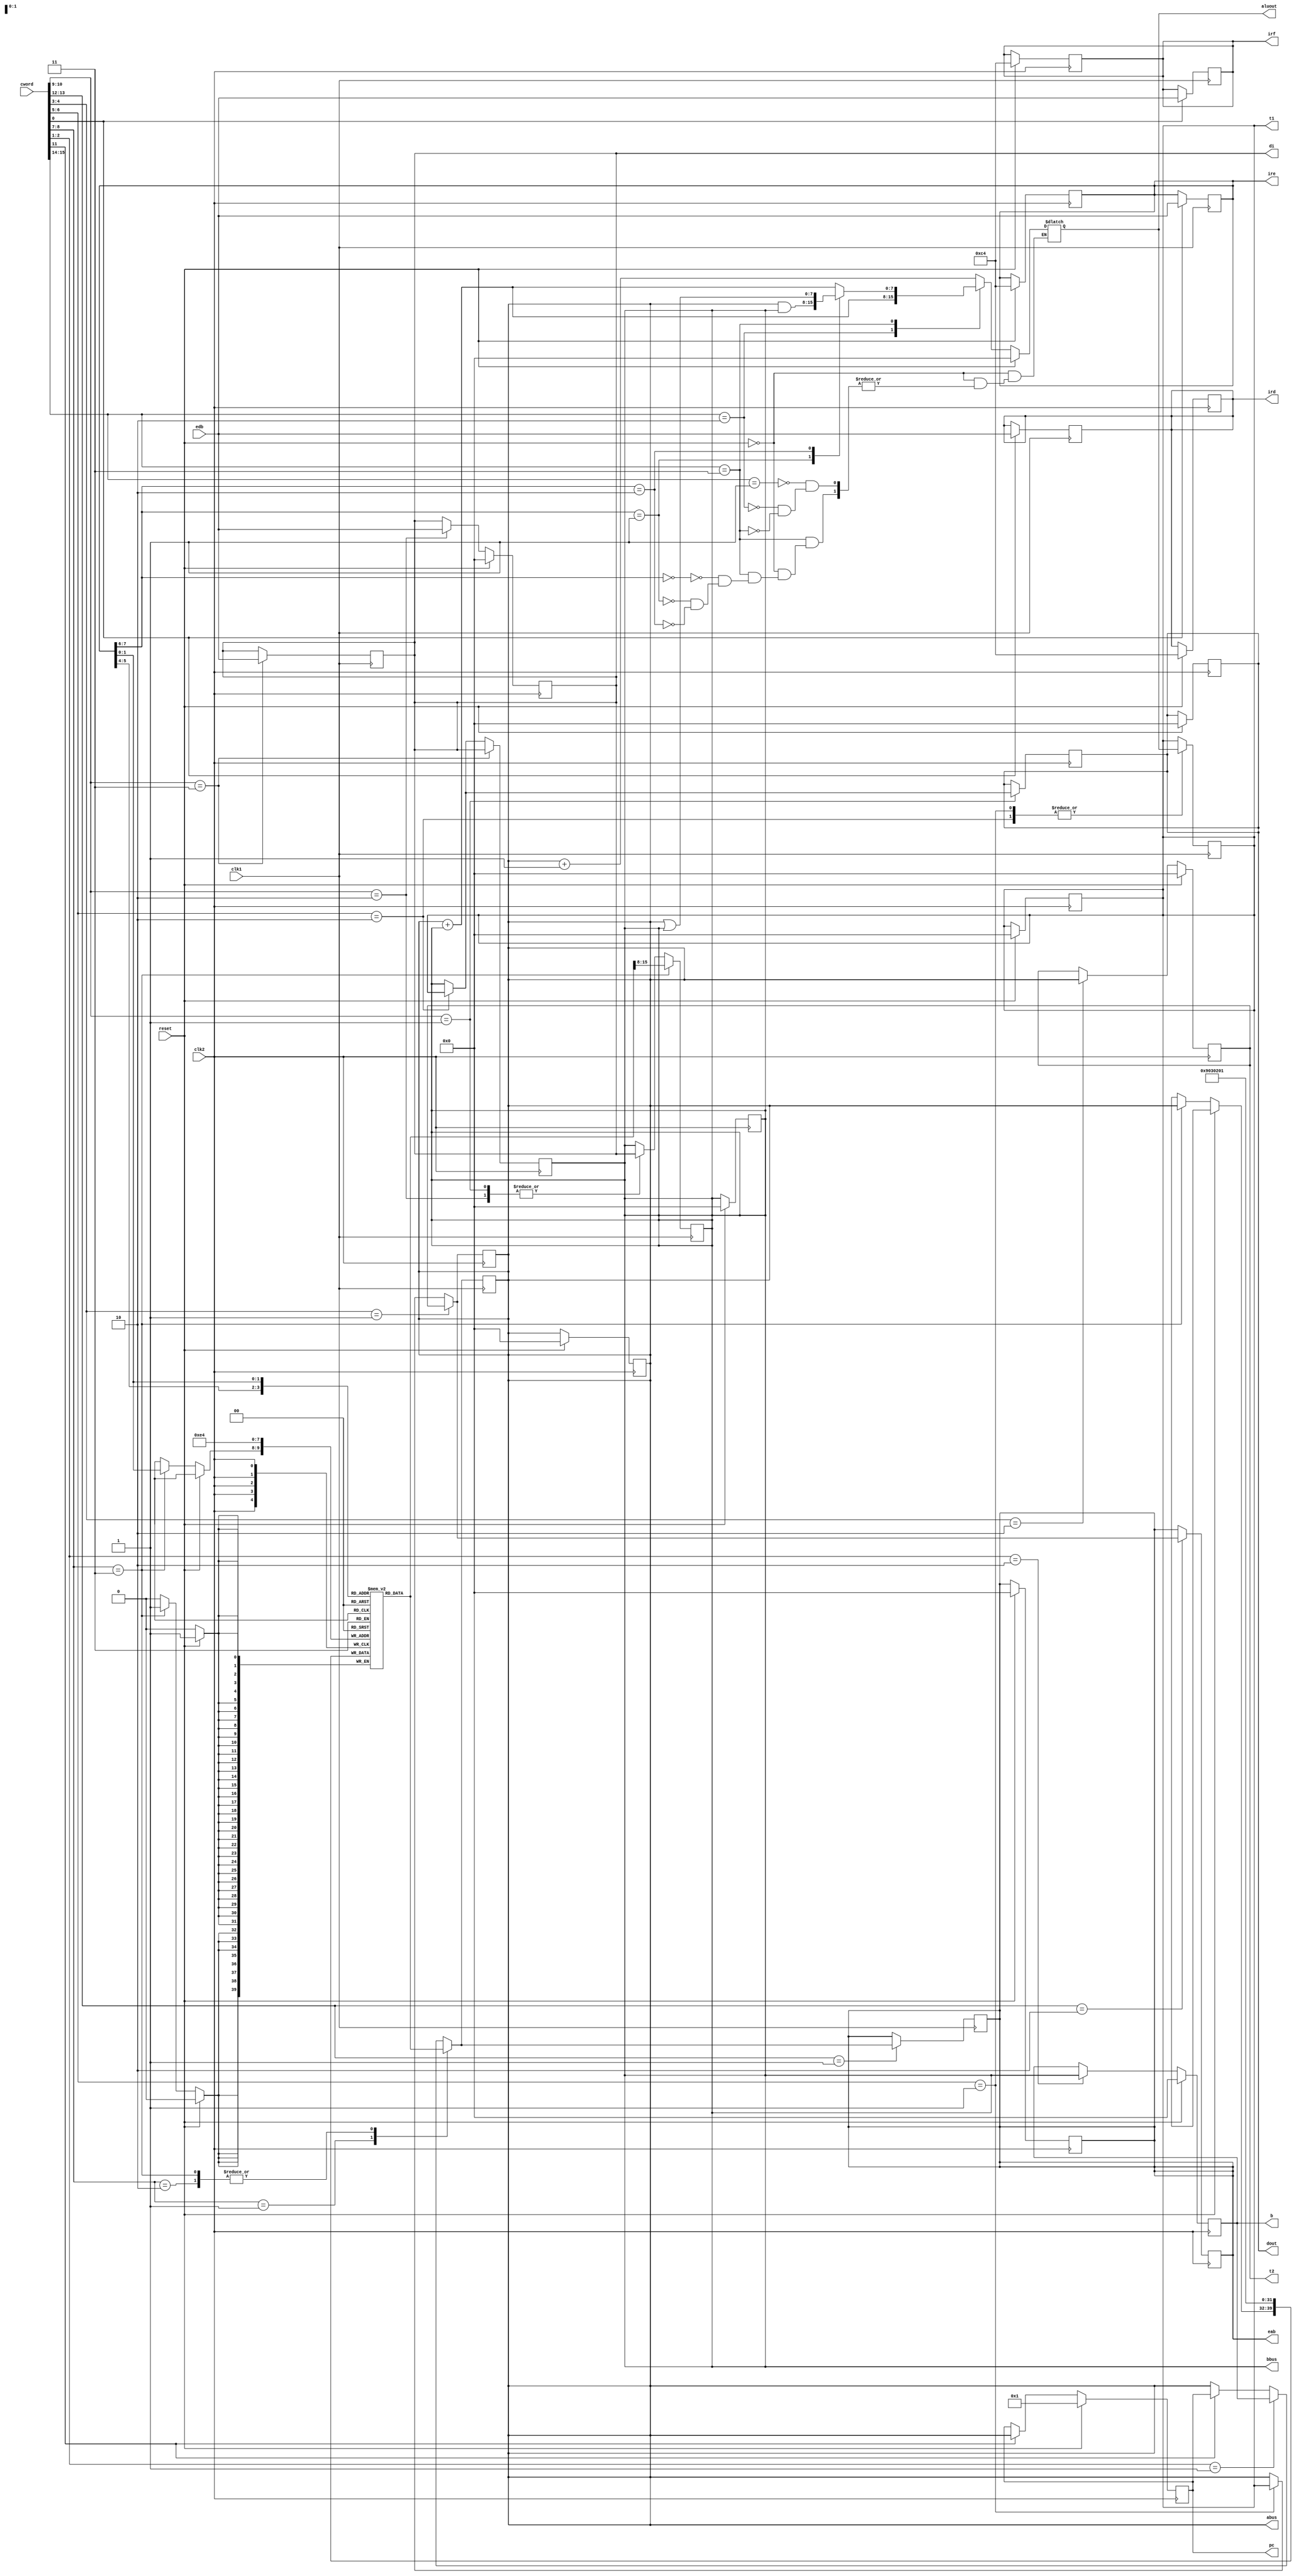
module execUnit(di,t1,t2,b,pc,irf,ire,aluout,abus,bbus,ird,eab,dout,edb,cword,clk1,clk2,reset);
output reg [7:0]ird,eab,dout;
input [15:0]cword;
input [7:0]edb;
input clk1,clk2,reset;
output reg [7:0]di,t1,t2,b,pc,irf,ire,aluout,abus,bbus;
reg [7:0]r[3:0];

always @(negedge clk1)//P1
begin
case(cword[11])
1'b1:abus=pc;
endcase
case(cword[10:9])
2'b01:bbus=di;
2'b10:bbus=di;
endcase
case(cword[2:1])
2'b01:abus=b;
endcase
case(cword[8:7])
2'b01:abus=r[ire[5:4]];
2'b10:abus=r[ire[1:0]];
2'b11:
    begin
    bbus=r[ire[5:4]];
    abus=r[ire[1:0]];
    end
endcase
case(cword[13:12])
2'b01:eab=abus;
endcase
end

always @(posedge clk1)//P2
begin
case(cword[0])
1'b1:
    begin
    irf=edb;
    ird=irf;
    ire=ird;
    end
endcase
case(cword[10:9])
2'b11:di=edb;
endcase
case(cword[6:5])
2'b01:t1=aluout;
2'b10:t1=aluout;
endcase
end

always @(negedge clk2)//P3
begin
case(cword[6:5])
2'b01:abus=t1;
2'b10:bbus=t1;
endcase
case(cword[4:3])
2'b01:abus=t2;
endcase
case(cword[13:12])
2'b10:eab=abus;
endcase
case(cword[10:9])
2'b11:bbus=di;
2'b01:dout=bbus;
endcase
end

always @(posedge clk2)//P4
begin
if(reset) begin 
pc=8'd1;//next byte pc pointing
abus=8'd0;
irf=8'b11000100;//prefetch first ins here
ird=8'b11000100;
ire=8'b11000100;
di=8'd0;
bbus=8'd0;
dout=8'd0;
b=8'd0;
r[0]=8'd1;//initial conditions
r[1]=8'd2;
r[2]=8'd3;
r[3]=8'd9;
t1=8'd0;
t2=8'd0;
eab=8'd0;
dout=8'd0;
end
else
begin
case(cword[11])
1'b1:pc=abus;
endcase
case(cword[10:9])
2'b10:di=edb;
endcase
case(cword[2:1])
2'b10:b=bbus;
endcase
case(cword[8:7])
2'b11:r[ire[1:0]]=abus;
endcase
case(cword[4:3])
2'b10:t2=abus;
endcase
end
end

always @(*)
begin
$monitor("%d %d %d %d",r[0],r[1],r[2],r[3]);
if(reset) aluout=8'd0;
else
begin
case(cword[15:14])
2'b01:aluout=abus+8'd1;
2'b10:aluout=abus+bbus;
2'b11:
    begin
    case(ire[7:6])
    2'b00:aluout=abus+bbus;
    2'b01:aluout=abus&bbus;
    2'b10:aluout=abus|bbus;
    endcase
    end
endcase
end
end

endmodule